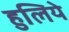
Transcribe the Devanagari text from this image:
हुलिये